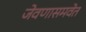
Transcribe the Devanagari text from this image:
जेवणासमवेत